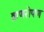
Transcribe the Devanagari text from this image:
व्राणरोपण